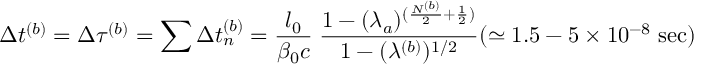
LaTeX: \Delta t ^ { ( b ) } = \Delta \tau ^ { ( b ) } = \sum \Delta t _ { n } ^ { ( b ) } = \frac { l _ { 0 } } { \beta _ { 0 } c } \; \frac { 1 - ( \lambda _ { a } ) ^ { ( \frac { N ^ { ( b ) } } { 2 } + \frac { 1 } { 2 } ) } } { 1 - ( \lambda ^ { ( b ) } ) ^ { 1 / 2 } } ( \simeq 1 . 5 - 5 \times 1 0 ^ { - 8 } \; \mathrm { s e c } )